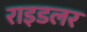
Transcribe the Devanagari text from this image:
राइडलर